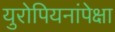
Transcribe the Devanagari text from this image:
युरोपियनांपेक्षा